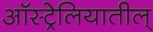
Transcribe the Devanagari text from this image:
ऑस्ट्रेलियातील्